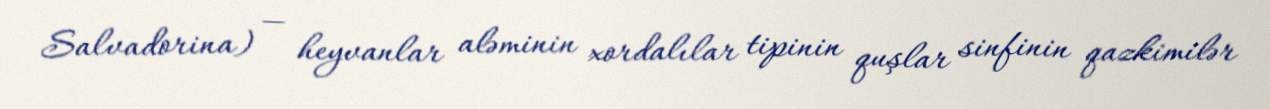
Salvadorina) — heyvanlar aləminin xordalılar tipinin quşlar sinfinin qazkimilər